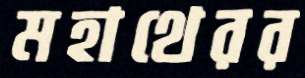
মহাথেরর